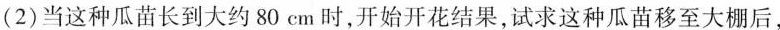
(2)当这种瓜苗长到大约80cm时，开始开花结果，试求这种瓜苗移至大棚后，